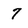
Character: 7